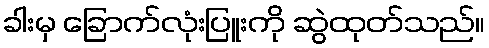
ခါးမှ ခြောက်လုံးပြူးကို ဆွဲထုတ်သည်။